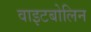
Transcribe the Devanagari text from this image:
वाइटबोलिन